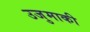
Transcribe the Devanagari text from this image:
उजुमाकी